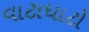
વાટાધાટો